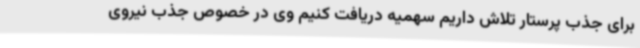
برای جذب پرستار تلاش داریم سهمیه دریافت کنیم وی در خصوص جذب نیروی